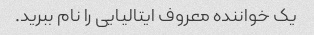
یک خواننده معروف ایتالیایی را نام ببرید.